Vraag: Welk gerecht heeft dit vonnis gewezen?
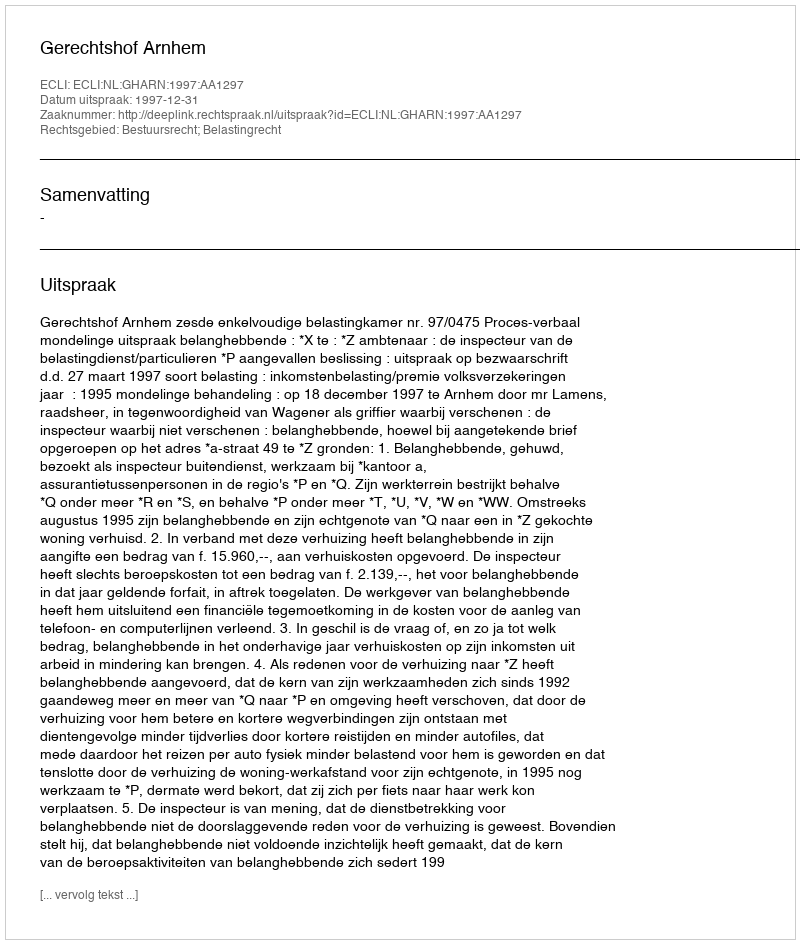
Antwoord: Gerechtshof Arnhem